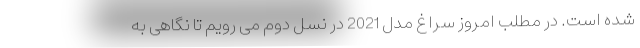
شده است. در مطلب امروز سراغ مدل 2021 در نسل دوم می رویم تا نگاهی به